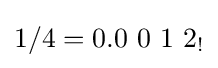
1/4=0.0\ 0\ 1\ 2_{!}